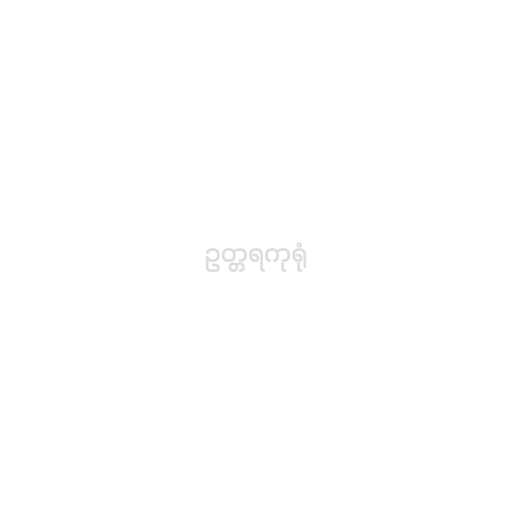
ဥတ္တရကုရုံ